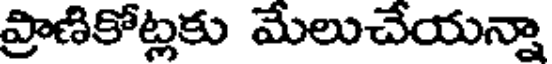
ప్రాణికోట్లకు మేలుచేయన్నా